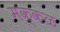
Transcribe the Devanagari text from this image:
मक्कळ